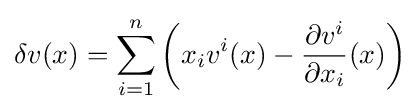
\delta v(x)=\sum _{i=1}^{n}\left(x_{i}v^{i}(x)-{\frac {\partial v^{i}}{\partial x_{i}}}(x)\right)